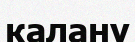
калану